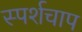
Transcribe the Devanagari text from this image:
स्पर्शचाप